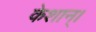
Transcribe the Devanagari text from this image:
केशान्।